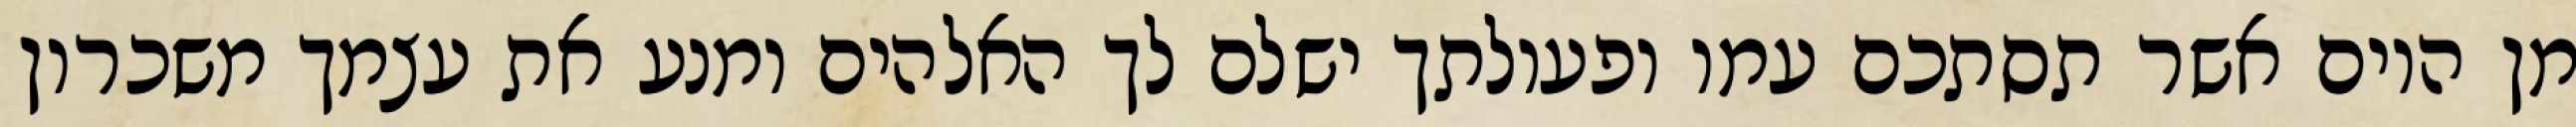
מן היום אשר תסתכם עמו ופעולתך ישלם לך האלהים ומנע את עצמך משכרון